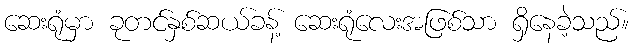
ဆေးရုံမှာ ခုတင်နှစ်ဆယ်ခန့် ဆေးရုံလေးအဖြစ်သာ ရှိနေခဲ့သည်။